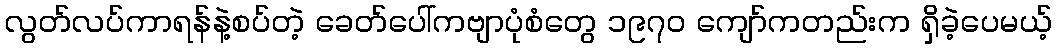
လွတ်လပ်ကာရန်နဲ့စပ်တဲ့ ခေတ်ပေါ်ကဗျာပုံစံတွေ ၁၉၇၀ ကျော်ကတည်းက ရှိခဲ့ပေမယ့်